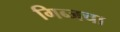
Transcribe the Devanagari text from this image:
गिब्जचा